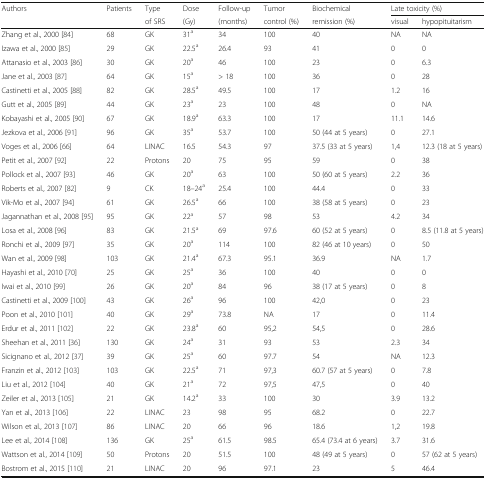
<table><thead><tr><td rowspan="2"><b>Authors</b></td><td rowspan="2"><b>Patients</b></td><td><b>Type</b></td><td><b>Dose</b></td><td><b>Follow-up</b></td><td><b>Tumor</b></td><td><b>Biochemical</b></td><td colspan="2"><b>Late toxicity (%)</b></td></tr><tr><td><b>of SRS</b></td><td><b>(Gy)</b></td><td><b>(months)</b></td><td><b>control (%)</b></td><td><b>remission (%)</b></td><td><b>visual</b></td><td><b>hypopituitarism</b></td></tr></thead><tbody><tr><td>Zhang et al., 2000 [84]</td><td>68</td><td>GK</td><td>31<sup>a</sup></td><td>34</td><td>100</td><td>40</td><td>NA</td><td>NA</td></tr><tr><td>Izawa et al., 2000 [85]</td><td>29</td><td>GK</td><td>22.5<sup>a</sup></td><td>26.4</td><td>93</td><td>41</td><td>0</td><td>0</td></tr><tr><td>Attanasio et al., 2003 [86]</td><td>30</td><td>GK</td><td>20<sup>a</sup></td><td>46</td><td>100</td><td>23</td><td>0</td><td>6.3</td></tr><tr><td>Jane et al., 2003 [87]</td><td>64</td><td>GK</td><td>15<sup>a</sup></td><td>&gt; 18</td><td>100</td><td>36</td><td>0</td><td>28</td></tr><tr><td>Castinetti et al., 2005 [88]</td><td>82</td><td>GK</td><td>28.5<sup>a</sup></td><td>49.5</td><td>100</td><td>17</td><td>1.2</td><td>16</td></tr><tr><td>Gutt et al., 2005 [89]</td><td>44</td><td>GK</td><td>23<sup>a</sup></td><td>23</td><td>100</td><td>48</td><td>0</td><td>NA</td></tr><tr><td>Kobayashi et al., 2005 [90]</td><td>67</td><td>GK</td><td>18.9<sup>a</sup></td><td>63.3</td><td>100</td><td>17</td><td>11.1</td><td>14.6</td></tr><tr><td>Jezkova et al., 2006 [91]</td><td>96</td><td>GK</td><td>35<sup>a</sup></td><td>53.7</td><td>100</td><td>50 (44 at 5 years)</td><td>0</td><td>27.1</td></tr><tr><td>Voges et al., 2006 [66]</td><td>64</td><td>LINAC</td><td>16.5</td><td>54.3</td><td>97</td><td>37.5 (33 at 5 years)</td><td>1,4</td><td>12.3 (18 at 5 years)</td></tr><tr><td>Petit et al., 2007 [92]</td><td>22</td><td>Protons</td><td>20</td><td>75</td><td>95</td><td>59</td><td>0</td><td>38</td></tr><tr><td>Pollock et al., 2007 [93]</td><td>46</td><td>GK</td><td>20<sup>a</sup></td><td>63</td><td>100</td><td>50 (60 at 5 years)</td><td>2.2</td><td>36</td></tr><tr><td>Roberts et al., 2007 [82]</td><td>9</td><td>CK</td><td>18–24<sup>a</sup></td><td>25.4</td><td>100</td><td>44.4</td><td>0</td><td>33</td></tr><tr><td>Vik-Mo et al., 2007 [94]</td><td>61</td><td>GK</td><td>26.5<sup>a</sup></td><td>66</td><td>100</td><td>38 (58 at 5 years)</td><td>0</td><td>23</td></tr><tr><td>Jagannathan et al., 2008 [95]</td><td>95</td><td>GK</td><td>22<sup>a</sup></td><td>57</td><td>98</td><td>53</td><td>4.2</td><td>34</td></tr><tr><td>Losa et al., 2008 [96]</td><td>83</td><td>GK</td><td>21.5<sup>a</sup></td><td>69</td><td>97.6</td><td>60 (52 at 5 years)</td><td>0</td><td>8.5 (11.8 at 5 years)</td></tr><tr><td>Ronchi et al., 2009 [97]</td><td>35</td><td>GK</td><td>20<sup>a</sup></td><td>114</td><td>100</td><td>82 (46 at 10 years)</td><td>0</td><td>50</td></tr><tr><td>Wan et al., 2009 [98]</td><td>103</td><td>GK</td><td>21.4<sup>a</sup></td><td>67.3</td><td>95.1</td><td>36.9</td><td>NA</td><td>1.7</td></tr><tr><td>Hayashi et al., 2010 [70]</td><td>25</td><td>GK</td><td>25<sup>a</sup></td><td>36</td><td>100</td><td>40</td><td>0</td><td>0</td></tr><tr><td>Iwai et al., 2010 [99]</td><td>26</td><td>GK</td><td>20<sup>a</sup></td><td>84</td><td>96</td><td>38 (17 at 5 years)</td><td>0</td><td>8</td></tr><tr><td>Castinetti et al., 2009 [100]</td><td>43</td><td>GK</td><td>26<sup>a</sup></td><td>96</td><td>100</td><td>42,0</td><td>0</td><td>23</td></tr><tr><td>Poon et al., 2010 [101]</td><td>40</td><td>GK</td><td>29<sup>a</sup></td><td>73.8</td><td>NA</td><td>17</td><td>0</td><td>11.4</td></tr><tr><td>Erdur et al., 2011 [102]</td><td>22</td><td>GK</td><td>23.8<sup>a</sup></td><td>60</td><td>95,2</td><td>54,5</td><td>0</td><td>28.6</td></tr><tr><td>Sheehan et al., 2011 [36]</td><td>130</td><td>GK</td><td>24<sup>a</sup></td><td>31</td><td>93</td><td>53</td><td>2.3</td><td>34</td></tr><tr><td>Sicignano et al., 2012 [37]</td><td>39</td><td>GK</td><td>25<sup>a</sup></td><td>60</td><td>97.7</td><td>54</td><td>NA</td><td>12.3</td></tr><tr><td>Franzin et al., 2012 [103]</td><td>103</td><td>GK</td><td>22.5<sup>a</sup></td><td>71</td><td>97,3</td><td>60.7 (57 at 5 years)</td><td>0</td><td>7.8</td></tr><tr><td>Liu et al., 2012 [104]</td><td>40</td><td>GK</td><td>21<sup>a</sup></td><td>72</td><td>97,5</td><td>47,5</td><td>0</td><td>40</td></tr><tr><td>Zeiler et al., 2013 [105]</td><td>21</td><td>GK</td><td>14.2<sup>a</sup></td><td>33</td><td>100</td><td>30</td><td>3.9</td><td>13.2</td></tr><tr><td>Yan et al., 2013 [106]</td><td>22</td><td>LINAC</td><td>23</td><td>98</td><td>95</td><td>68.2</td><td>0</td><td>22.7</td></tr><tr><td>Wilson et al., 2013 [107]</td><td>86</td><td>LINAC</td><td>20</td><td>66</td><td>96</td><td>18.6</td><td>1,2</td><td>19.8</td></tr><tr><td>Lee et al., 2014 [108]</td><td>136</td><td>GK</td><td>25<sup>a</sup></td><td>61.5</td><td>98.5</td><td>65.4 (73.4 at 6 years)</td><td>3.7</td><td>31.6</td></tr><tr><td>Wattson et al., 2014 [109]</td><td>50</td><td>Protons</td><td>20</td><td>51.5</td><td>100</td><td>48 (49 at 5 years)</td><td>0</td><td>57 (62 at 5 years)</td></tr><tr><td>Bostrom et al., 2015 [110]</td><td>21</td><td>LINAC</td><td>20</td><td>96</td><td>97.1</td><td>23</td><td>5</td><td>46.4</td></tr></tbody></table>